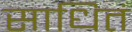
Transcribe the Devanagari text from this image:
साधितं